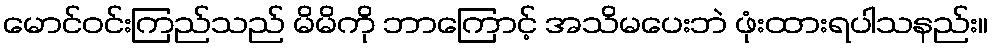
မောင်ဝင်းကြည်သည် မိမိကို ဘာကြောင့် အသိမပေးဘဲ ဖုံးထားရပါသနည်း။